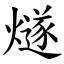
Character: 燧